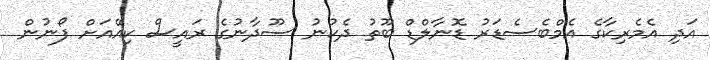
އަދި އެމެރިކާގެ އެމްބެސެޑަރު ޑޮނާލްޑް ބޫތު ދެކުނު ސޫދާނުގެ ރައީސް ކިއޭއަށް ފޯނުން